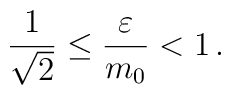
\frac{1}{\sqrt{2}}\le\frac{\varepsilon}{ m_0}<1\,.